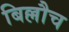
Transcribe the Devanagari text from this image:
बिल्लौच